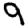
Digit: 9